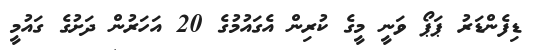
ޑިފެންޑަރު ޕަޕޯ ވަނީ މީގެ ކުރިން އެގައުމުގެ 20 އަހަރުން ދަށުގެ ގައުމީ